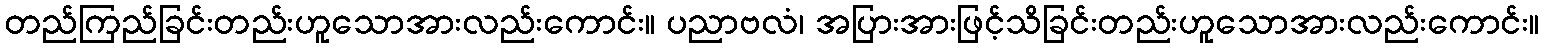
တည်ကြည်ခြင်းတည်းဟူသောအားလည်းကောင်း။ ပညာဗလံ၊ အပြားအားဖြင့်သိခြင်းတည်းဟူသောအားလည်းကောင်း။